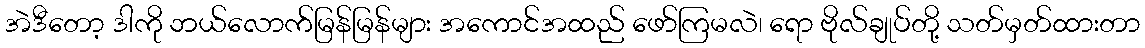
အဲဒီတော့ ဒါကို ဘယ်လောက်မြန်မြန်များ အကောင်အထည် ဖော်ကြမလဲ၊ ရော ဗိုလ်ချုပ်တို့ သတ်မှတ်ထားတာ